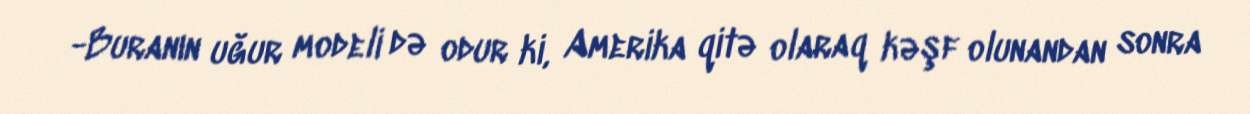
-Buranın uğur modeli də odur ki, Amerika qitə olaraq kəşf olunandan sonra